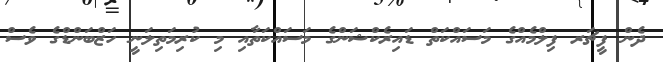
ދެން ފީޗަރ ފިލްމެއްގެ މަސައްކަތް ޑައިރެކްޝަންގެ މަސައްކަތާއި މި ކުރިމަތިލަނީ ހަޒްބަންޑްގެ ވެސް